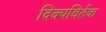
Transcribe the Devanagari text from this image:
दिक्पविर्तक